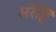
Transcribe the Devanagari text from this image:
सरेहिं